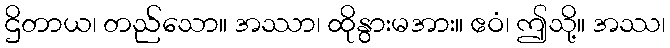
ဌိတာယ၊ တည်သော။ အဿာ၊ ထိုနွားမအား။ ဧဝံ၊ ဤသို့။ အဿ၊